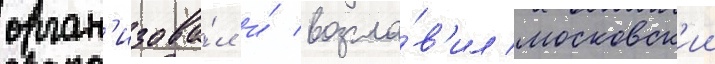
орган'изова́л и́ возгла́в'ил московск'ии